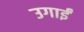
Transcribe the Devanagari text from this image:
उगाईं